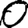
Digit: 0